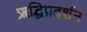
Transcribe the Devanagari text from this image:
ऋद्धिप्रदर्शन